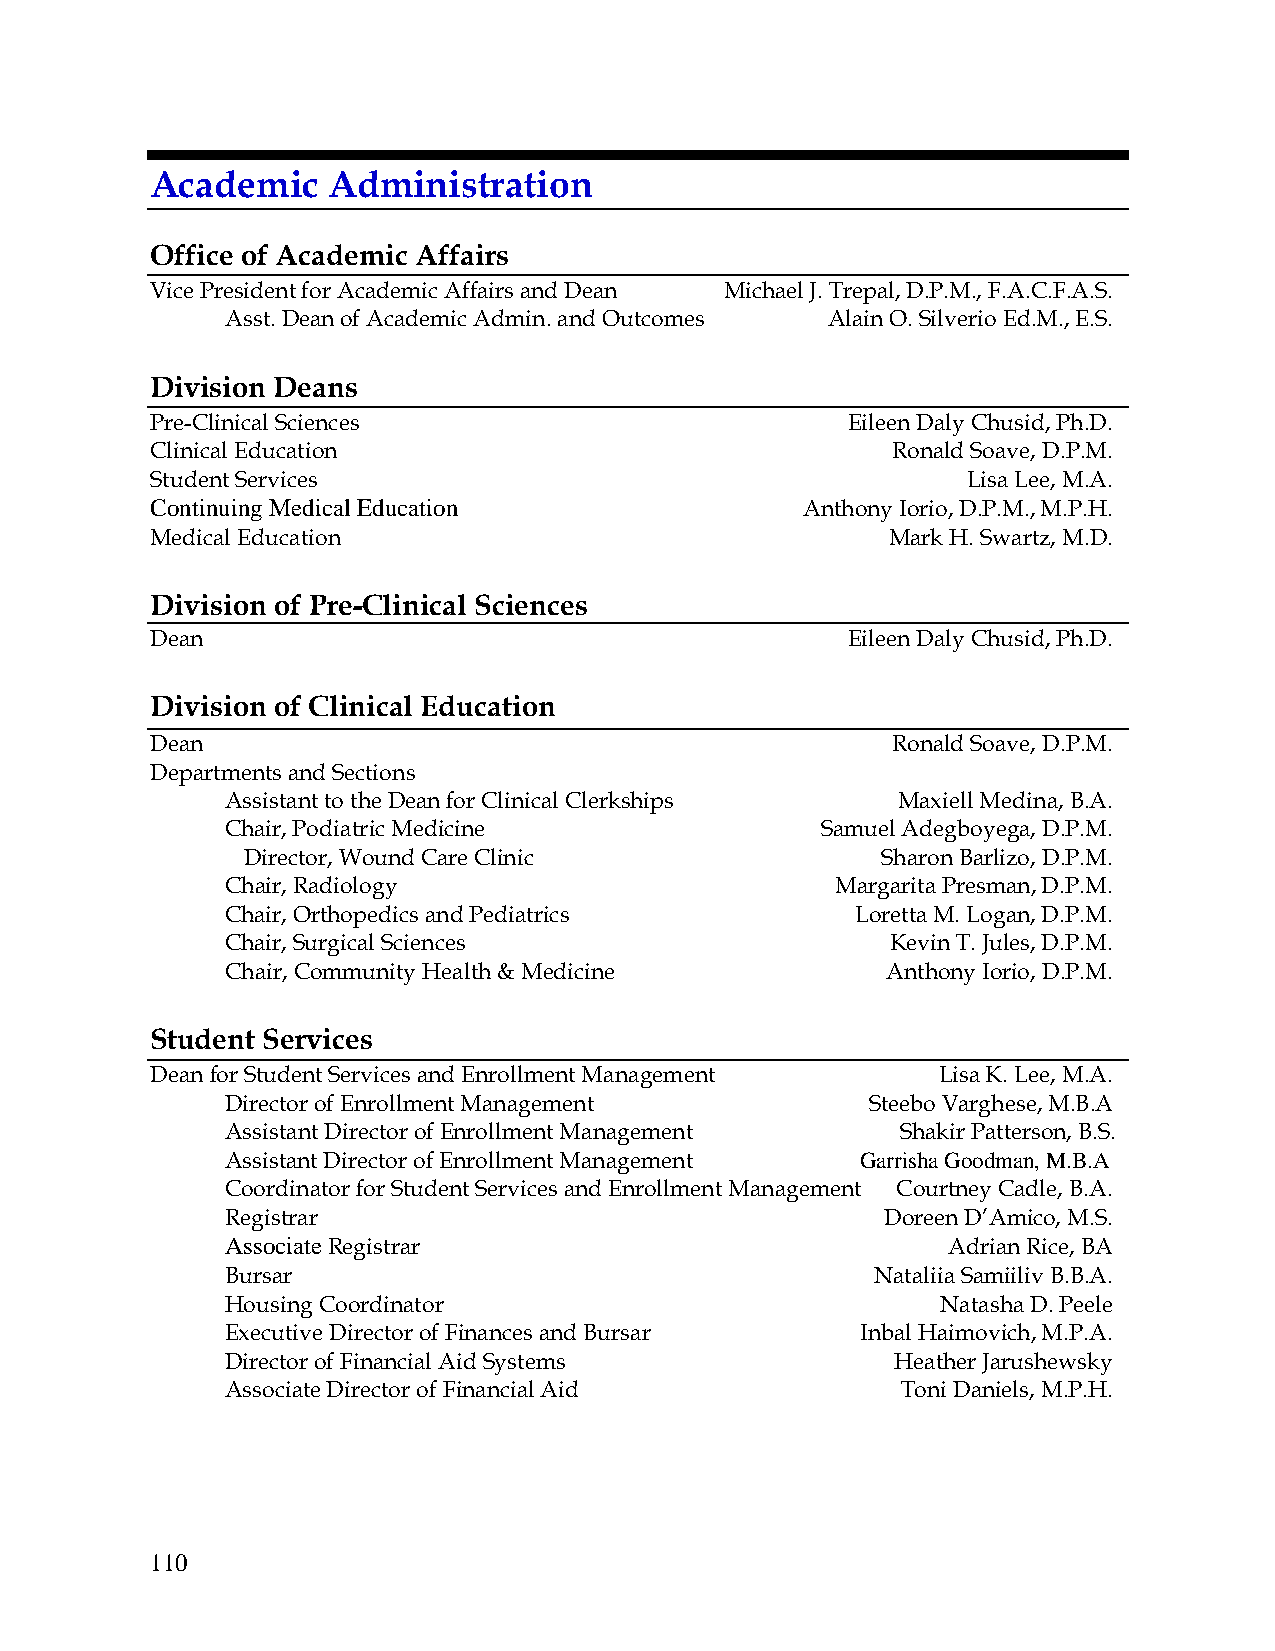
Academic    Administration
 Office of Academic Affairs
 Vice President for Academic Affairs and Dean Michael J. Trepal, D.P.M., F.A.C.F.A.S.
 Asst. Dean of Academic Admin. and Outcomes Alain O. Silverio Ed.M., E.S.
 Division Deans
 Pre-Clinical Sciences                         Eileen Daly Chusid, Ph.D.
 Clinical Education                               Ronald Soave, D.P.M.
 Student Services                                      Lisa Lee, M.A.
 Continuing Medical Education               Anthony Iorio, D.P.M., M.P.H.
 Medical Education                                Mark H. Swartz, M.D.
 Division of Pre-Clinical Sciences
 Dean                                          Eileen Daly Chusid, Ph.D.
 Division of Clinical Education
 Dean                                             Ronald Soave, D.P.M.
 Departments and Sections
 Assistant to the Dean for Clinical Clerkships Maxiell Medina, B.A.
 Chair, Podiatric Medicine              Samuel Adegboyega, D.P.M.
 Director, Wound Care Clinic               Sharon Barlizo, D.P.M.
 Chair, Radiology                        Margarita Presman, D.P.M.
 Chair, Orthopedics and Pediatrics         Loretta M. Logan, D.P.M.
 Chair, Surgical Sciences                    Kevin T. Jules, D.P.M.
 Chair, Community Health & Medicine          Anthony Iorio, D.P.M.
 Student Services
 Dean for Student Services and Enrollment Management Lisa K. Lee, M.A.
 Director of Enrollment Management          Steebo Varghese, M.B.A
 Assistant Director of Enrollment Management  Shakir Patterson, B.S.
 Assistant Director of Enrollment Management Garrisha Goodman, M.B.A
 Coordinator for Student Services and Enrollment Management Courtney Cadle, B.A.
 Registrar                                   Doreen D’Amico, M.S.
 Associate Registrar                             Adrian Rice, BA
 Bursar                                     Nataliia Samiiliv B.B.A.
 Housing Coordinator                            Natasha D. Peele
 Executive Director of Finances and Bursar Inbal Haimovich, M.P.A.
 Director of Financial Aid Systems           Heather Jarushewsky
 Associate Director of Financial Aid          Toni Daniels, M.P.H.
 110